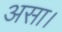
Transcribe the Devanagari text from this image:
असा।